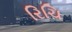
રિચિ